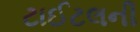
ટાઈટલની